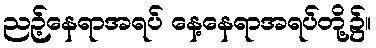
ညဉ့်နေရာအရပ် နေ့နေရာအရပ်တို့၌။